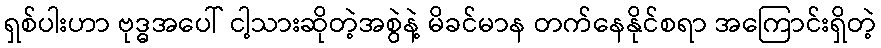
ရှစ်ပါးဟာ ဗုဒ္ဓအပေါ် ငါ့သားဆိုတဲ့အစွဲနဲ့ မိခင်မာန တက်နေနိုင်စရာ အကြောင်းရှိတဲ့